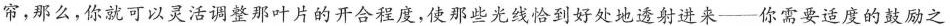
帘，那么，你就可以灵活调整那叶片的开合程度，使那些光线恰到好处地透射进来——你需要适度的鼓励之